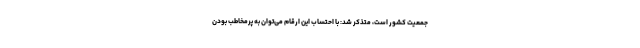
جمعیت کشور است، متذکر شد: با احتساب این ارقام می‌توان به پرمخاطب بودن